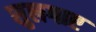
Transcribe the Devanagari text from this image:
सुलगाए